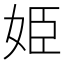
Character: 姫